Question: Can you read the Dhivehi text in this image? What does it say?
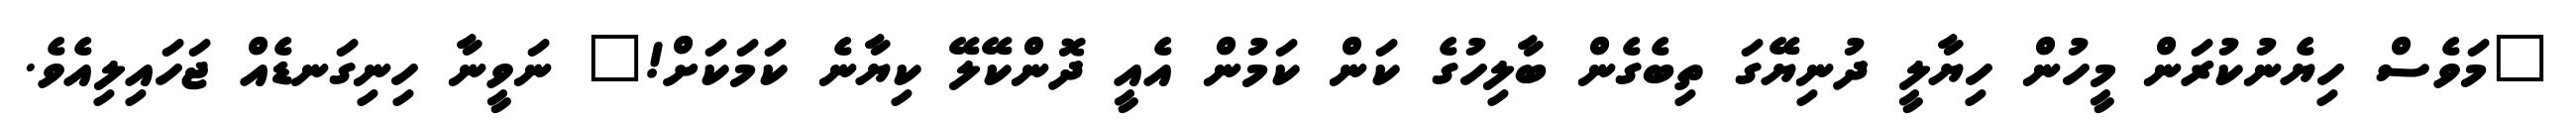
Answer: "މަވެސް ހިޔެނުކުރަން މީހުން ހިޔާލީ ދުނިޔޭގަ ތިބެގެން ބާލިހުގެ ކަން ކަމުން އެއީ ދޮންކޭލޭ ކިޔާނެ ކަމަކަށް!" ނަވީނާ ހިނިގަނޑެއް ޖަހައިލިއެވެ.